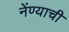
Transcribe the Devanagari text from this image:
नेंण्याची